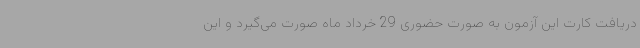
دریافت کارت این آزمون به صورت حضوری 29 خرداد ماه صورت می‌گیرد و این